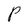
Character: P